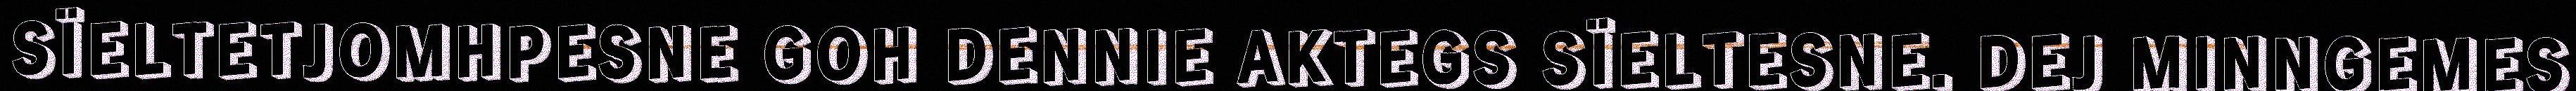
SÏELTETJOMHPESNE GOH DENNIE AKTEGS SÏELTESNE. DEJ MINNGEMES